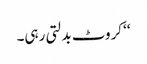
‘‘ کروٹ بدلتی رہی۔